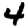
Digit: 4